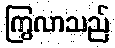
ကြွလာသည်